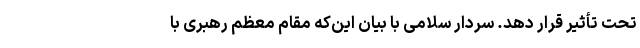
تحت تأثیر قرار دهد. سردار سلامی با بیان این‌که مقام معظم رهبری با